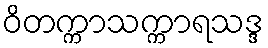
ဝိတက္ကာသက္ကာရသဒ္ဒ